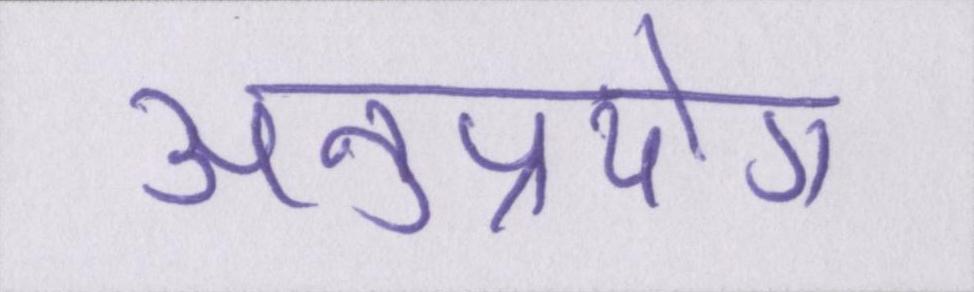
अनुप्रयोग